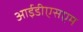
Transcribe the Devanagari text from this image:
आईडीएसएम